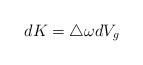
LaTeX: \begin{align*} dK=\triangle\omega dV_g\end{align*}